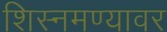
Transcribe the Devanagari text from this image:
शिस्नमण्यावर